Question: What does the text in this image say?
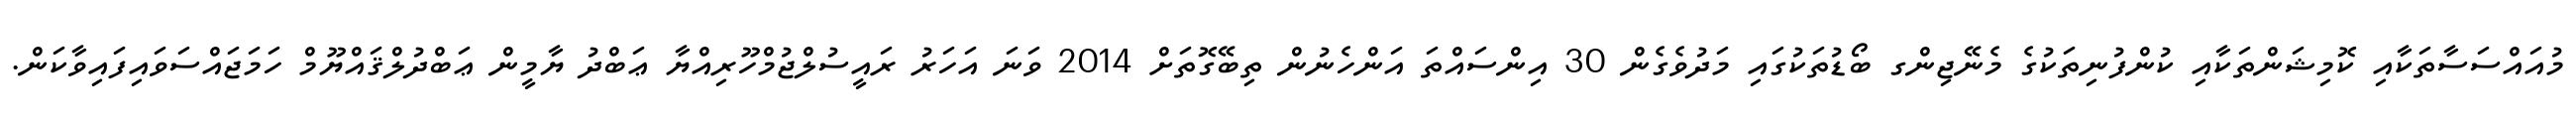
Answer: މުއައްސަސާތަކާއި ކޮމިޝަންތަކާއި ކުންފުނިތަކުގެ މެނޭޖިންގ ބޯޑުތަކުގައި މަދުވެގެން 30 އިންސައްތަ އަންހެނުން ތިބޭގޮތަށް 2014 ވަނަ އަހަރު ރައީސުލްޖުމްހޫރިއްޔާ ޢަބްދު ޔާމީން ޢަބްދުލްޤައްޔޫމް ހަމަޖައްސަވައިފައިވާކަން.